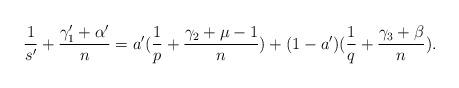
LaTeX: \begin{align*} \frac{1}{s'}+\frac{\gamma_1'+\alpha'}{n}=a'(\frac{1}{p}+\frac{\gamma_2+\mu-1}{n})+(1-a')(\frac{1}{q}+\frac{\gamma_3+\beta}{n}). \end{align*}